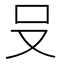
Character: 𪠲